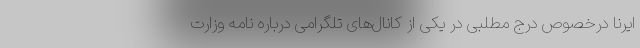
ایرنا درخصوص درج مطلبی در یکی از کانال‌های تلگرامی درباره نامه وزارت